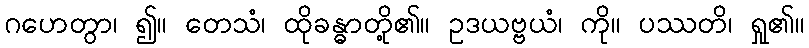
ဂဟေတွာ၊ ၍။ တေသံ၊ ထိုခန္ဓာတို့၏။ ဥဒယဗ္ဗယံ၊ ကို။ ပဿတိ၊ ရှု၏။